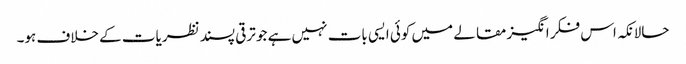
حالانکہ اس فکر انگیز مقالے میں کوئی ایسی بات نہیں ہے جو ترقی پسند نظریات کے خلاف ہو۔